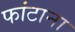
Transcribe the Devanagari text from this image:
फांटाना